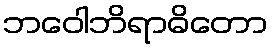
ဘဝေါဘိရာဓိတော